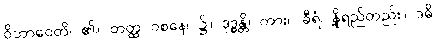
ဝိဘာဝေတိ၊ ၏။ တတ္ထ ဝစနေ၊ ၌။ ဒုဒ္ဓန္တိ၊ ကား။ ခီရံ၊ နို့ရည်တည်း။ ဒဓိ